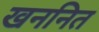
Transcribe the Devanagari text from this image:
खननित